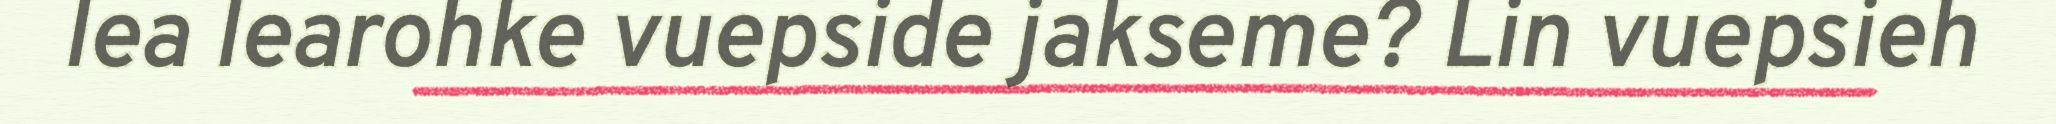
lea learohke vuepside jakseme? Lin vuepsieh